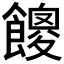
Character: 𩞝